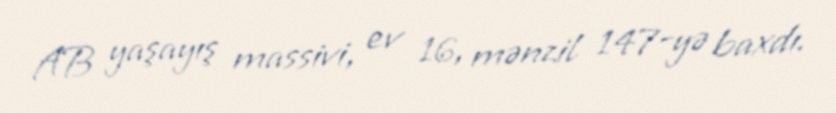
AB yaşayış massivi, ev 16, mənzil 147-yə baxdı.